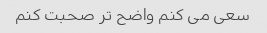
سعی می کنم واضح تر صحبت کنم